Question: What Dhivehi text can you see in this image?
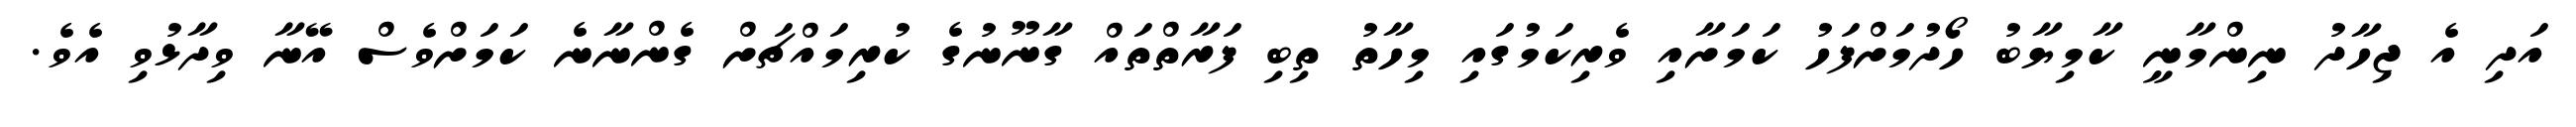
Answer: އަދި އެ ޖިހާދު ނިންމާނީ ކާމިޔާބު ހޯދުމަށްފަހު ކަމަށާއި ވެރިކަމުގައި މިހާތު ތިބި ފަރާތްތައް ގާނޫނުގެ ކުރިމައްޗަށް ގެންނާނެ ކަމަށްވެސް އޭނާ ވިދާޅުވި އެވެ.